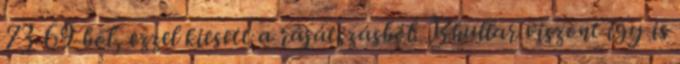
73-69-ből, ezzel kiesett a rájátszásból. Bhullar viszont így is